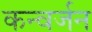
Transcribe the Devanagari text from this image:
कन्वर्जन